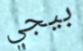
بيجي